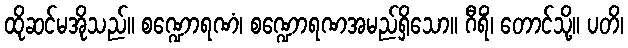
ထိုဆင်မအိုသည်။ စဏ္ဍောရဏံ၊ စဏ္ဍောရဏအမည်ရှိသော။ ဂီရိံ၊ တောင်သို့။ ပတိ၊